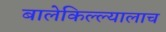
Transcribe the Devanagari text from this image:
बालेकिल्ल्यालाच